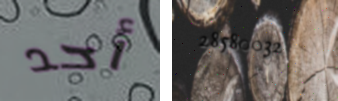
أحد 28580032